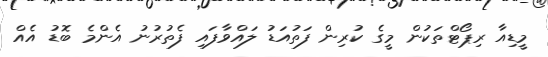
މީޑިއާ ރިޕޯޓްތަކުން މީގެ ކުރިން ފަތުއަޑު ލައްވާފައި ފެތުރުނު އެންމެ ބޮޑު އެއް